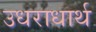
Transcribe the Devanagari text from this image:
उधराधार्थ